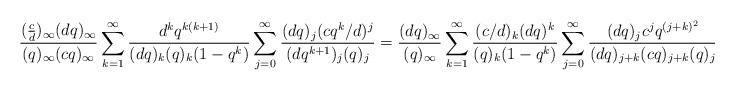
LaTeX: \begin{align*}\frac{(\frac{c}{d})_{\infty}(dq)_{\infty}}{(q)_{\infty}(cq)_{\infty}} \sum_{k=1}^{\infty}\frac{d^kq^{k(k+1)} }{(dq)_k(q)_k(1-q^k)}\sum_{j=0}^{\infty}\frac{(dq)_j(cq^k/d)^j}{(dq^{k+1})_j(q)_j}=\frac{(dq)_{\infty}}{(q)_{\infty}}\sum_{k=1}^{\infty}\frac{(c/d)_k(dq)^k}{(q)_k(1-q^k)}\sum_{j=0}^{\infty}\frac{(dq)_jc^jq^{(j+k)^2}}{(dq)_{j+k}(cq)_{j+k}(q)_j}.\end{align*}